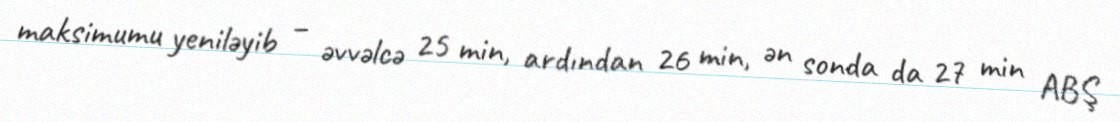
maksimumu yeniləyib – əvvəlcə 25 min, ardından 26 min, ən sonda da 27 min ABŞ